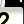
Digit: 2